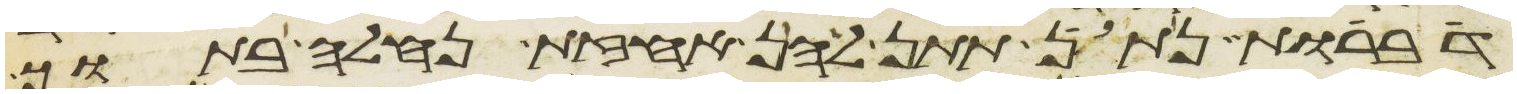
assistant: דברות נתן תתן להן אחזת נחלה בתוך